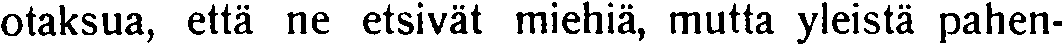
otaksua, että ne etsivät miehiä, mutta yleistä pahen-